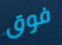
فوق